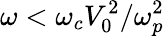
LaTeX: \omega<\omega_{c}V_{0}^{2}/\omega_{p}^{2}